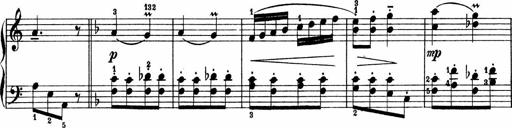
Title: 2 Sonatinen
Composer: Lambertus Adrianus van Tetterode